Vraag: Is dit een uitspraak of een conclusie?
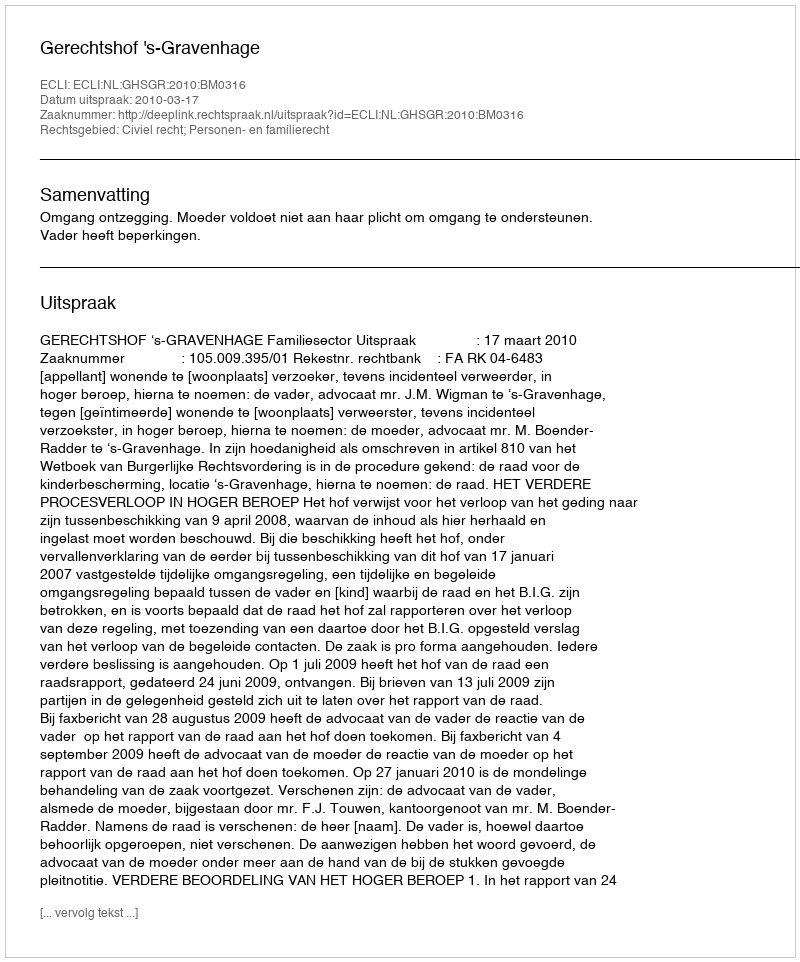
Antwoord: Uitspraak